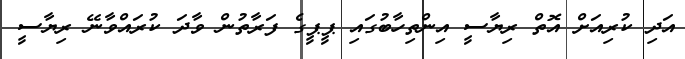
އަދި ކުރިއަށް އޮތް ރިޔާސީ އިންތިހާބުގައި ޕީޕީގެ ފަރާތުން ވާދަ ކުރައްވާނޭ ރިޔާސީ